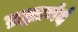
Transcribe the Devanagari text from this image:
ब्रह्मानंदं